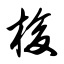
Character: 梭